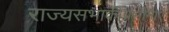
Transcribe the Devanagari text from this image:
राज्यसभाकीप्रसीमाएं